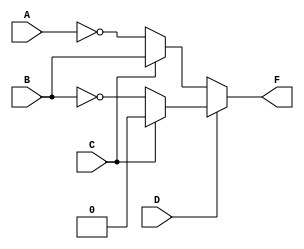
module systemx(
    output wire F,
    input wire A, B, C, D
);
    wire A0, B0;
  
  	assign A0 = ~A;
  	assign B0 = ~B;

    assign F = D ? (C ? 1'b0 : B0) : (C ? B : A0);

endmodule